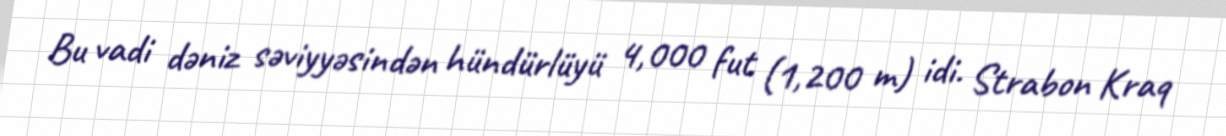
Bu vadi dəniz səviyyəsindən hündürlüyü 4,000 fut (1,200 m) idi. Strabon Kraq